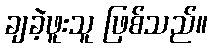
ချခဲ့ဖူးသူ ဖြစ်သည်။